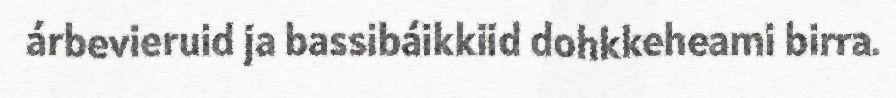
árbevieruid ja bassibáikkiid dohkkeheami birra.